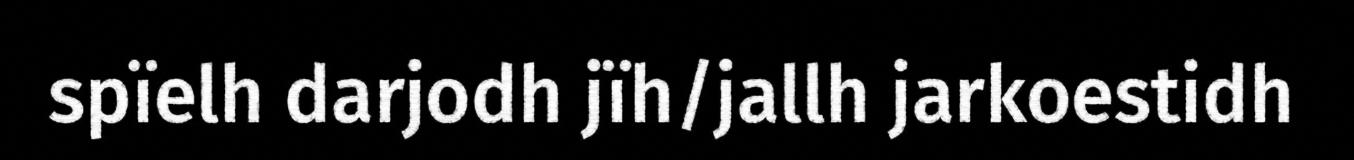
spïelh darjodh jïh/jallh jarkoestidh